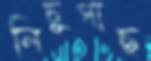
লিচুগাছ